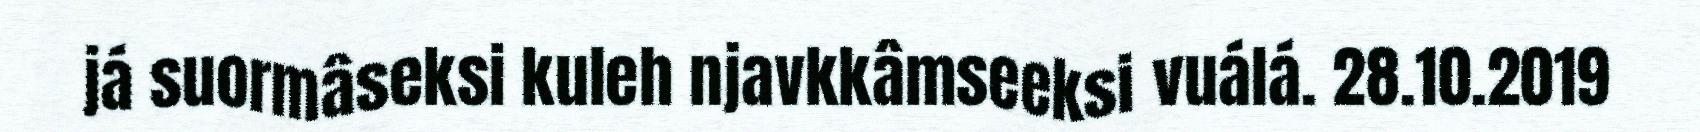
já suormâseksi kuleh njavkkâmseeksi vuálá. 28.10.2019